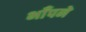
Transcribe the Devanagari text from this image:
भाँपने